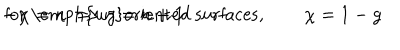
- \chi = n \Longrightarrow g = n + 1 \hspace { 0 . 2 c m } \textrm { f o r \emph { u n } o r i e n t e d s u r f a c e s } , \qquad \chi = 1 - g